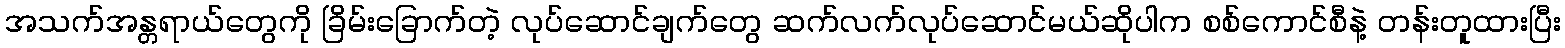
အသက်အန္တရာယ်တွေကို ခြိမ်းခြောက်တဲ့ လုပ်ဆောင်ချက်တွေ ဆက်လက်လုပ်ဆောင်မယ်ဆိုပါက စစ်ကောင်စီနဲ့ တန်းတူထားပြီး